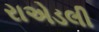
રાએડલી